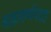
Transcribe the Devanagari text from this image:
बाह्यकर्णपटह